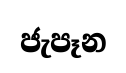
ජැපෑන